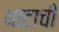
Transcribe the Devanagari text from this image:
थाटाची